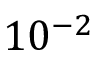
1 0 ^ { - 2 }